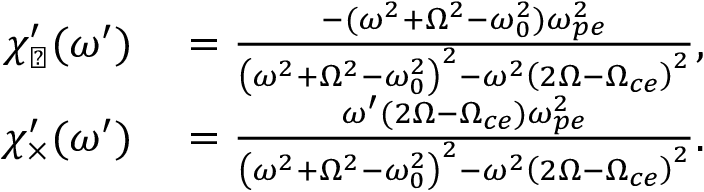
\begin{array} { r l } { { \chi _ { \perp } ^ { \prime } } ( \omega ^ { \prime } ) } & { { } = \frac { - ( \omega ^ { 2 } + \Omega ^ { 2 } - \omega _ { 0 } ^ { 2 } ) \omega _ { p e } ^ { 2 } } { \left( \omega ^ { 2 } + \Omega ^ { 2 } - \omega _ { 0 } ^ { 2 } \right) ^ { 2 } - \omega ^ { 2 } \left( 2 \Omega - \Omega _ { c e } \right) ^ { 2 } } , } \\ { { \chi _ { \times } ^ { \prime } } ( \omega ^ { \prime } ) } & { { } = \frac { \omega ^ { \prime } ( 2 \Omega - \Omega _ { c e } ) \omega _ { p e } ^ { 2 } } { \left( \omega ^ { 2 } + \Omega ^ { 2 } - \omega _ { 0 } ^ { 2 } \right) ^ { 2 } - \omega ^ { 2 } \left( 2 \Omega - \Omega _ { c e } \right) ^ { 2 } } . } \end{array}